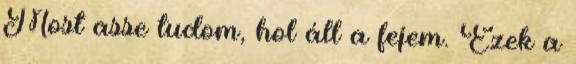
Most asse tudom, hol áll a fejem. Ezek a